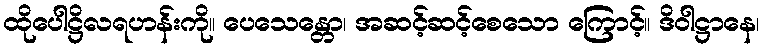
ထိုပေါဋ္ဌိလရဟန်းကို။ ပေသေန္တော၊ အဆင့်ဆင့်စေသော ကြောင့်။ ဒိဝါဋ္ဌာနေ၊